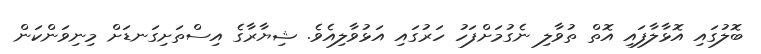
ބޮލުގައި އޮޅާލާފައި އޮތް ތުވާލި ނެގުމަށްފަހު ހަރުގައި އަޅުވާލިއެވެ. ޝިޔާރާގެ އިސްތަށިގަނޑަށް މިނިވަންކަން